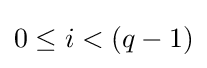
0\leq i<(q-1)